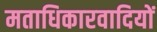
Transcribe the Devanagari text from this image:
मताधिकारवादियों